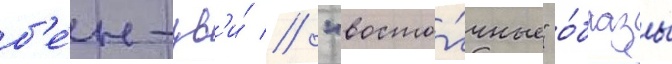
б'е́н-цв'и́ // "восто́чные" о́бразы